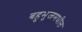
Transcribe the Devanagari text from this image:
बहुभुजमधील